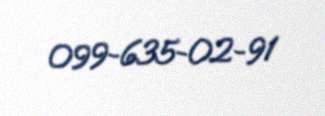
099-635-02-91